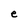
Character: e